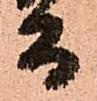
而